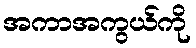
အကာအကွယ်ကို